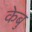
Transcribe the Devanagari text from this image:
केबु